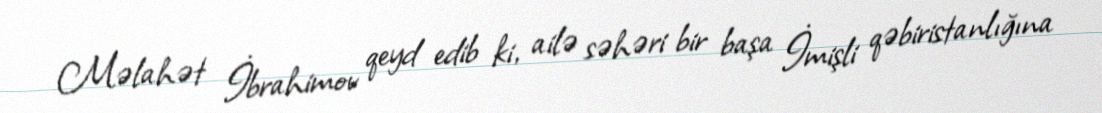
Məlahət İbrahimov qeyd edib ki, ailə səhəri bir başa İmişli qəbiristanlığına